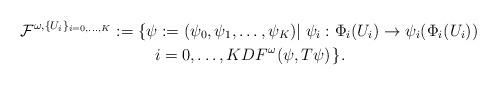
LaTeX: \begin{align*}&\mathcal{F}^{\omega,\{U_i\}_{i=0,\dots,K}}:=\left\{\psi:=(\psi_0,\psi_1,\dots,\psi_K)|\;\psi_i:\Phi_i(U_i)\rightarrow\psi_i(\Phi_i(U_i)) \right.\\&\qquad\qquad\qquad\qquad\left.i=0,\dots,KDF^{\omega}(\psi,T\psi)\right.\}.\end{align*}